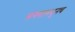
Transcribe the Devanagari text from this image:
संगमामधूनच